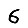
Digit: 6